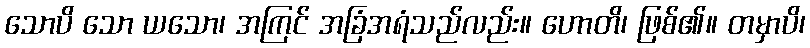
သောပိ သော ယသော၊ အကြင် အခြံအရံသည်လည်း။ ဟောတိ၊ ဖြစ်၏။ တမှာပိ၊